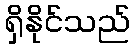
ရှိနိုင်သည်